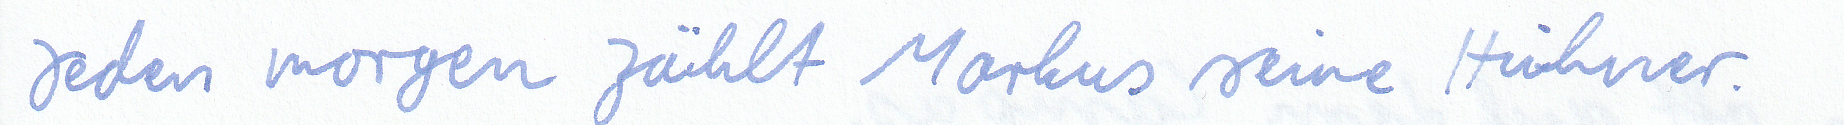
Jeden morgen zählt Markus seine Hühner.